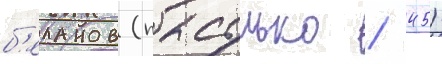
б'еланов (пасулько / 45)